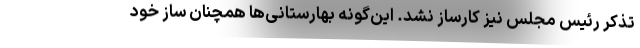
تذکر رئیس مجلس نیز کار‌ساز نشد. این‌گونه بهارستانی‌ها همچنان ساز خود